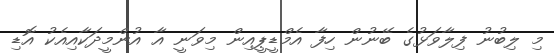
މި ލިބުނު ފިލާވަޅުގެ ބޭނުން ހިފާ އެމްޑީޕީއިން މިވަނީ އާ އުންމީދަކާއިއެކު އޮޑި